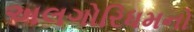
અલગોરિધમનો